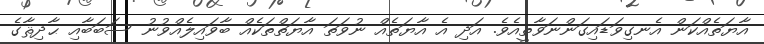
އާޔަތެއްކަން އެނގިވަޑައިގަންނަވާތީއެވެ. އަދި އެ އާޔަތެއް ނުވަތަ އާޔަތްތަކެއް ބާވައިލެއްވުނު ސަބަބާއި ޙާދިޘާގެ